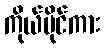
ကိုယ်ပိုင်ကား